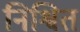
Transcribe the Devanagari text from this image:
निश्वित